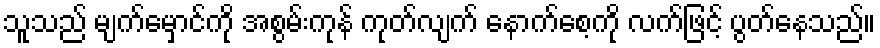
သူသည် မျက်မှောင်ကို အစွမ်းကုန် ကုတ်လျက် နောက်စေ့ကို လက်ဖြင့် ပွတ်နေသည်။